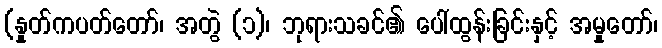
(နှုတ်ကပတ်တော်၊ အတွဲ (၁)၊ ဘုရားသခင်၏ ပေါ်ထွန်းခြင်းနှင့် အမှုတော်၊